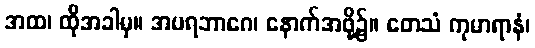
အထ၊ ထိုအခါမှ။ အပရဘာဂေ၊ နောက်အဖို့၌။ တေသံ ကုမာရာနံ၊